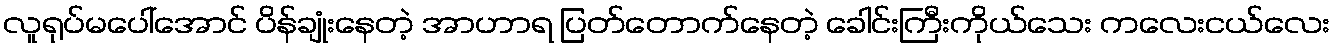
လူရုပ်မပေါ်အောင် ပိန်ချုံးနေတဲ့ အာဟာရ ပြတ်တောက်နေတဲ့ ခေါင်းကြီးကိုယ်သေး ကလေးငယ်လေး